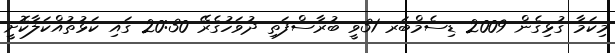
މިކަމާ ގުޅިގެން 2009 ޑިސެމްބަރ 31ވީ ބުރާސްފަތި ދުވަހުގެރޭ 20:30 ގައި ކަޅުތުއްކަލާކޮށީ